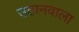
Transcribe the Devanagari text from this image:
उठानवाला